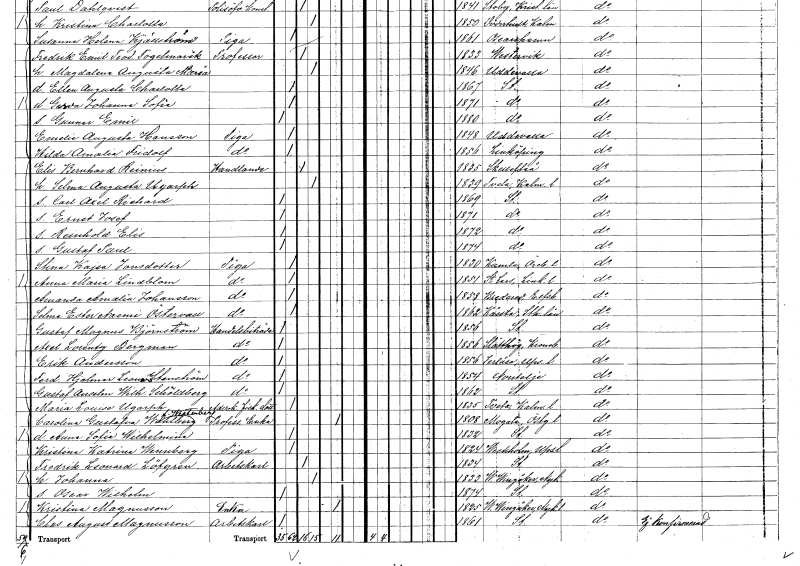
gt_parse: households: individuals: FN: Carl Axel Richard
KON: M
CIV: O
FODAR: 1869
FODFORS: Stockholm
FN: Ernst Josef
KON: M
CIV: O
FODAR: 1871
FODFORS: Stockholm
FN: Reinhold Elis
KON: M
CIV: O
FODAR: 1872
FODFORS: Stockholm
FN: Gustaf Paul
KON: M
CIV: O
FODAR: 1874
FODFORS: Stockholm
FN: Stina Kajsa
EN: Jonsdotter
YRKE: Piga
KON: K
CIV: O
FODAR: 1830
FODFORS: Kumla Örebro län
FN: Anna Maria
EN: Lindblom
YRKE: Piga
KON: K
CIV: O
FODAR: 1851
FODFORS: Sankt Lars Linköping Östergötlands län
FN: Amanda Amalia
EN: Johansson
YRKE: Piga
KON: K
CIV: O
FODAR: 1858
FODFORS: Bredared Älvsborgs län
FN: Selma Ester Naemi
EN: Östervall
YRKE: Piga
KON: K
CIV: O
FODAR: 1862
FODFORS: Kårsta Stockholms län
FN: Gustaf Magnus
EN: Björnstrand
YRKE: Handelsbiträde
KON: M
CIV: O
FODAR: 1856
FODFORS: Stockholm
FN: Axel Lorentz
EN: Bergman
YRKE: Handelsbiträde
KON: M
CIV: O
FODAR: 1856
FODFORS: Slätthög Kronobergs län
FN: Erik
EN: Andersson
YRKE: Handelsbiträde
KON: M
CIV: O
FODAR: 1856
FODFORS: Järlåsa Uppsala län
FN: Ferdinand Hjalmar Leonard
EN: Stenström
YRKE: Handelsbiträde
KON: M
CIV: O
FODAR: 1854
FODFORS: Norrtälje Stockholms län
FN: Gustaf Anselm Wilhelm
EN: Schöldberg
YRKE: Handelsbiträde
KON: M
CIV: O
FODAR: 1862
FODFORS: Stockholm
FN: Maria Louise
EN: Ugarph
YRKE: Advokatsfiskalsdotter
KON: K
CIV: O
FODAR: 1835
FODFORS: Tveta Kalmar län
FN: Carolina Gustafva
EN: Wahlberg Westerberg
YRKE: Professoränka
KON: K
CIV: E
FODAR: 1808
FODFORS: Mogata Östergötlands län
FN: Anna Sofia Wilhelmina
KON: K
CIV: O
FODAR: 1832
FODFORS: Stockholm
FN: Kristina Katrina
EN: Wennberg
YRKE: Piga
KON: K
CIV: O
FODAR: 1824
FODFORS: Veckholm Uppsala län
FN: Fredrik Leonard
EN: Löfgren
YRKE: Arbetskarl
KON: M
CIV: G
FODAR: 1834
FODFORS: Stockholm
FN: Johanna
KON: K
CIV: G
FODAR: 1833
FODFORS: Västra Vingåker Södermanlands län
FN: Oscar Wilhelm
KON: M
CIV: O
FODAR: 1874
FODFORS: Stockholm
FN: Kristina
EN: Magnusson
YRKE: Änka
KON: K
CIV: E
FODAR: 1825
FODFORS: Västra Vingåker Södermanlands län
FN: Clas August
EN: Magnusson
YRKE: Arbetskarl
KON: M
CIV: O
FODAR: 1861
FODFORS: Stockholm